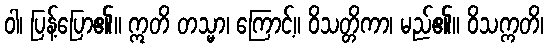
ဝါ၊ ပြန့်ပြော၏။ ဣတိ တသ္မာ၊ ကြောင့်။ ဝိသတ္တိကာ၊ မည်၏။ ဝိသက္ကတိ၊